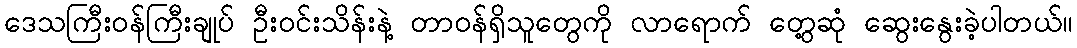
ဒေသကြီးဝန်ကြီးချုပ် ဦးဝင်းသိန်းနဲ့ တာဝန်ရှိသူတွေကို လာရောက် တွေ့ဆုံ ဆွေးနွေးခဲ့ပါတယ်။